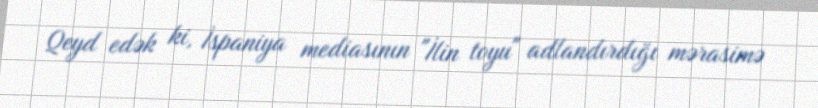
Qeyd edək ki, İspaniya mediasının "İlin toyu" adlandırdığı mərasimə